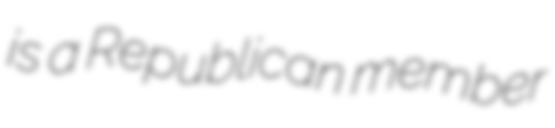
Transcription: is a Republican member